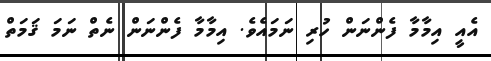
އެއީ އިމާމާ ފެންނަން ހުރި ނަމައެވެ. އިމާމާ ފެންނަން ނެތް ނަމަ ޤަމަތް